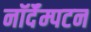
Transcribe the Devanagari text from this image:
नॉर्दॅम्पटन